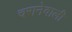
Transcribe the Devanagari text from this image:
चरानेवाली